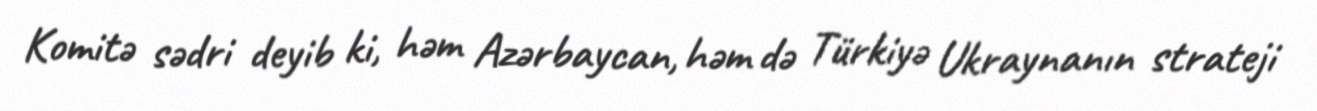
Komitə sədri deyib ki, həm Azərbaycan, həm də Türkiyə Ukraynanın strateji